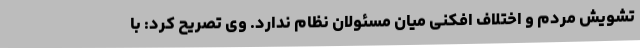
تشویش مردم و اختلاف افکنی میان مسئولان نظام ندارد. وی تصریح کرد: با